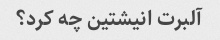
آلبرت انیشتین چه کرد؟